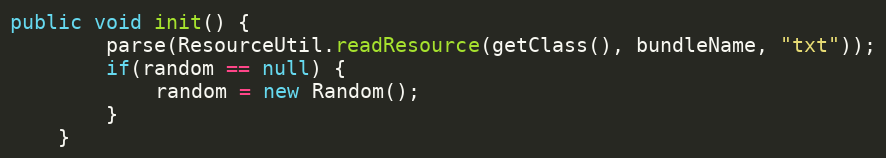
Language: Java
public void init() {
        parse(ResourceUtil.readResource(getClass(), bundleName, "txt"));
        if(random == null) {
            random = new Random();
        }
    }